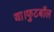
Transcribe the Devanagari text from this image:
था।फुटबॉल